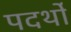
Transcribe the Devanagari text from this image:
पदर्थों